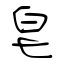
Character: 皂